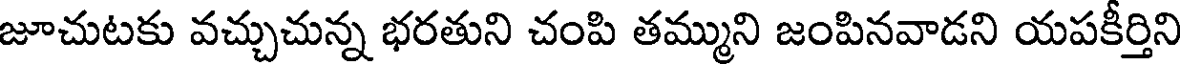
జూచుటకు వచ్చుచున్న భరతుని చంపి తమ్ముని జంపినవాడని యపకీర్తిని